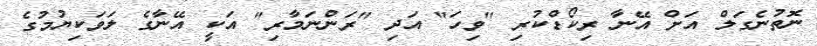
ނޮތުނެގަލް އަށް އޭނާ ރިކޯޑްކުރި "ވިހަ" އަދި "ރަންނަމާރި" އަކީ އޭނާގެ ލަވަކިޔުމުގެ